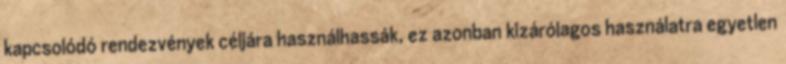
kapcsolódó rendezvények céljára használhassák, ez azonban kizárólagos használatra egyetlen